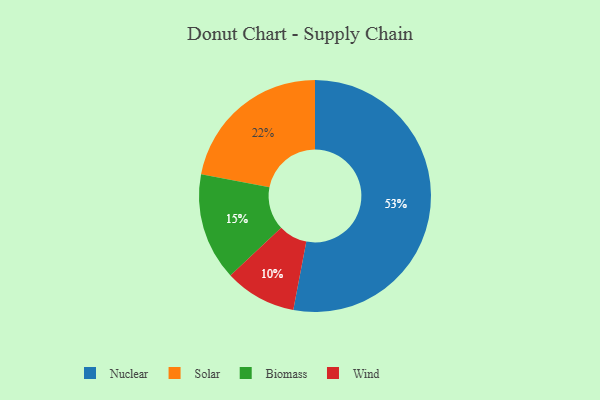
{"axis": {"x": "Category", "y": "Percentage"}, "legend": ["Biomass", "Nuclear", "Solar", "Wind"], "data": [{"x": "Solar", "y": 22, "type": "Solar"}, {"x": "Nuclear", "y": 53, "type": "Nuclear"}, {"x": "Wind", "y": 10, "type": "Wind"}, {"x": "Biomass", "y": 15, "type": "Biomass"}]}